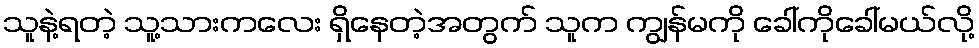
သူနဲ့ရတဲ့ သူ့သားကလေး ရှိနေတဲ့အတွက် သူက ကျွန်မကို ခေါ်ကိုခေါ်မယ်လို့